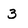
Character: 3